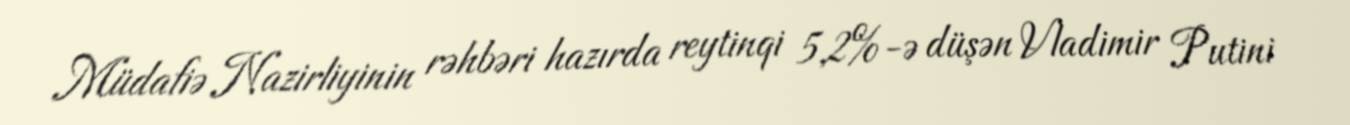
Müdafiə Nazirliyinin rəhbəri hazırda reytinqi 5,2%-ə düşən Vladimir Putini